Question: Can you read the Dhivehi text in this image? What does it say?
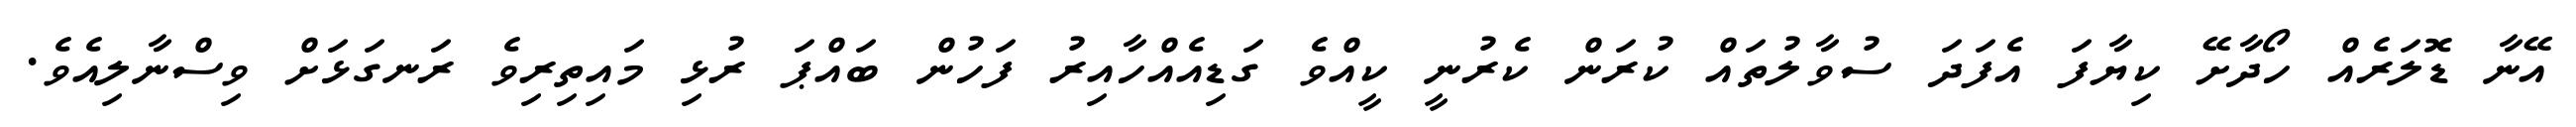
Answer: އޭނާ ޑޮލަރެއް ހޯދާށޭ ކިޔާފަ އެފަދަ ސުވާލުތައް ކުރަން ކެރުނީ ކީއްވެ ގަޑިއެއްހާއިރު ފަހުން ބައްޕަ ރުޅި މައިތިރިވެ ރަނގަޅަށް ވިސްނާލިއެވެ.